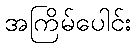
အကြိမ်ပေါင်း